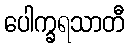
ပေါက္ခရသာတီ